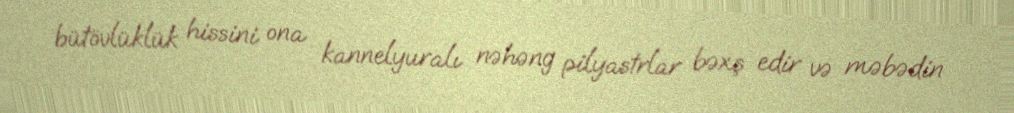
bütövlüklük hissini ona kannelyuralı nəhəng pilyastrlar bəxş edir və məbədin